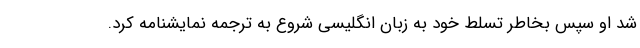
شد او سپس بخاطر تسلط خود به زبان انگلیسی شروع به ترجمه نمایشنامه کرد.